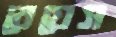
রেয়েস